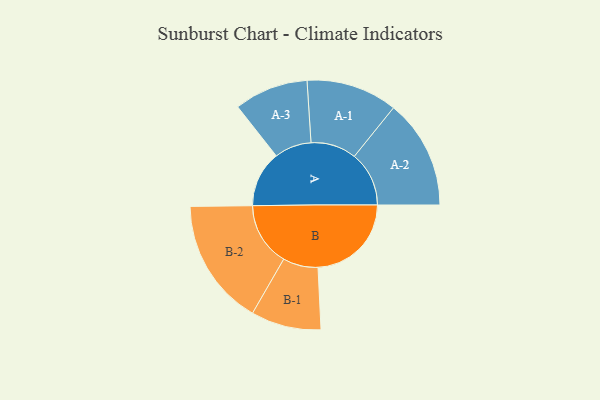
{"axis": {"x": "Segment", "y": "Value"}, "legend": ["", "A", "B"], "data": [{"x": "A", "y": 203, "type": ""}, {"x": "B", "y": 338, "type": ""}, {"x": "A-1", "y": 165, "type": "A"}, {"x": "A-2", "y": 198, "type": "A"}, {"x": "A-3", "y": 134, "type": "A"}, {"x": "B-1", "y": 127, "type": "B"}, {"x": "B-2", "y": 230, "type": "B"}]}